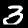
Label: 3